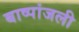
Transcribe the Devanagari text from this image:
बाष्पांजली